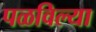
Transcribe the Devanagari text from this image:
पळविल्या